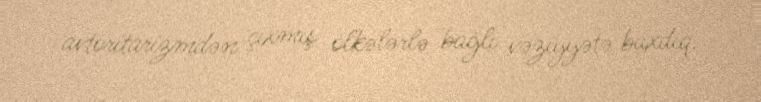
avtoritarizmdən çıxmış ölkələrlə bağlı vəziyyətə baxdıq.